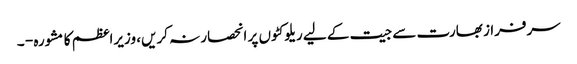
سرفراز بھارت سے جیت کے لیے ریلوکٹوں پر انحصار نہ کریں، وزیراعظم کا مشورہ - ۔